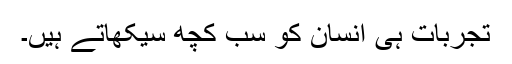
تجربات ہی انسان کو سب کچھ سیکھاتے ہیں۔